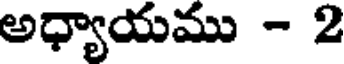
అధ్యాయము - 2